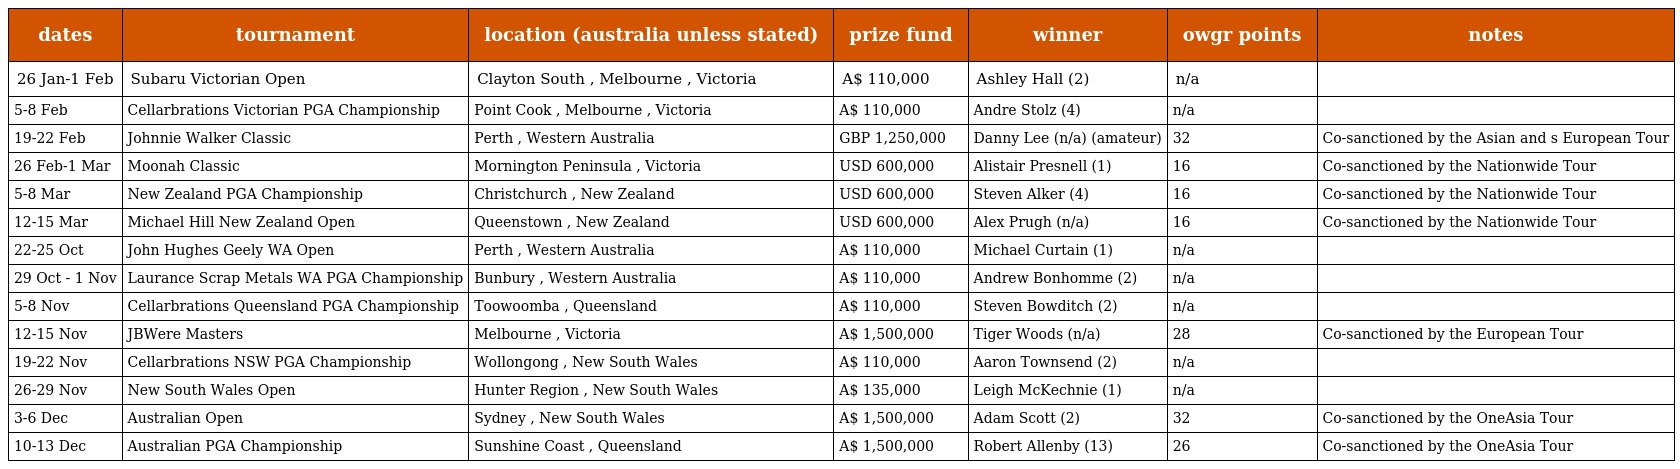
| dates | tournament | location (australia unless stated) | prize fund | winner | owgr points | notes |
 | --- | --- | --- | --- | --- | --- | --- |
 | 26 Jan-1 Feb | Subaru Victorian Open | Clayton South , Melbourne , Victoria | A$ 110,000 | Ashley Hall (2) | n/a |  |
 | 5-8 Feb | Cellarbrations Victorian PGA Championship | Point Cook , Melbourne , Victoria | A$ 110,000 | Andre Stolz (4) | n/a |  |
 | 19-22 Feb | Johnnie Walker Classic | Perth , Western Australia | GBP 1,250,000 | Danny Lee (n/a) (amateur) | 32 | Co-sanctioned by the Asian and s European Tour |
 | 26 Feb-1 Mar | Moonah Classic | Mornington Peninsula , Victoria | USD 600,000 | Alistair Presnell (1) | 16 | Co-sanctioned by the Nationwide Tour |
 | 5-8 Mar | New Zealand PGA Championship | Christchurch , New Zealand | USD 600,000 | Steven Alker (4) | 16 | Co-sanctioned by the Nationwide Tour |
 | 12-15 Mar | Michael Hill New Zealand Open | Queenstown , New Zealand | USD 600,000 | Alex Prugh (n/a) | 16 | Co-sanctioned by the Nationwide Tour |
 | 22-25 Oct | John Hughes Geely WA Open | Perth , Western Australia | A$ 110,000 | Michael Curtain (1) | n/a |  |
 | 29 Oct - 1 Nov | Laurance Scrap Metals WA PGA Championship | Bunbury , Western Australia | A$ 110,000 | Andrew Bonhomme (2) | n/a |  |
 | 5-8 Nov | Cellarbrations Queensland PGA Championship | Toowoomba , Queensland | A$ 110,000 | Steven Bowditch (2) | n/a |  |
 | 12-15 Nov | JBWere Masters | Melbourne , Victoria | A$ 1,500,000 | Tiger Woods (n/a) | 28 | Co-sanctioned by the European Tour |
 | 19-22 Nov | Cellarbrations NSW PGA Championship | Wollongong , New South Wales | A$ 110,000 | Aaron Townsend (2) | n/a |  |
 | 26-29 Nov | New South Wales Open | Hunter Region , New South Wales | A$ 135,000 | Leigh McKechnie (1) | n/a |  |
 | 3-6 Dec | Australian Open | Sydney , New South Wales | A$ 1,500,000 | Adam Scott (2) | 32 | Co-sanctioned by the OneAsia Tour |
 | 10-13 Dec | Australian PGA Championship | Sunshine Coast , Queensland | A$ 1,500,000 | Robert Allenby (13) | 26 | Co-sanctioned by the OneAsia Tour |